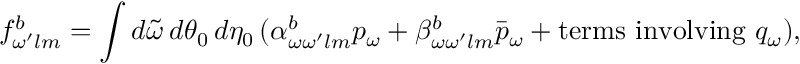
f _ { \omega ^ { \prime } l m } ^ { b } = \int d \tilde { \omega } \, d \theta _ { 0 } \, d \eta _ { 0 } \, ( \alpha _ { \omega \omega ^ { \prime } l m } ^ { b } p _ { \omega } + \beta _ { \omega \omega ^ { \prime } l m } ^ { b } \bar { p } _ { \omega } + \mathrm { t e r m s ~ i n v o l v i n g ~ } q _ { \omega } ) ,